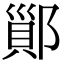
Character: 𨝉